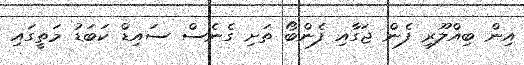
އިން ބިއްލޫރި ފެން ޖަގާއި ފެންބޯ ތަށި ގެނެސް ސައިޑް ކަބަޑު މަތީގައި